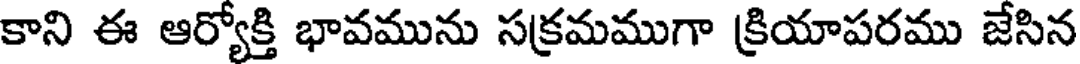
కాని ఈ ఆర్యోక్తి భావమును సక్రమముగా క్రియాపరము జేసిన